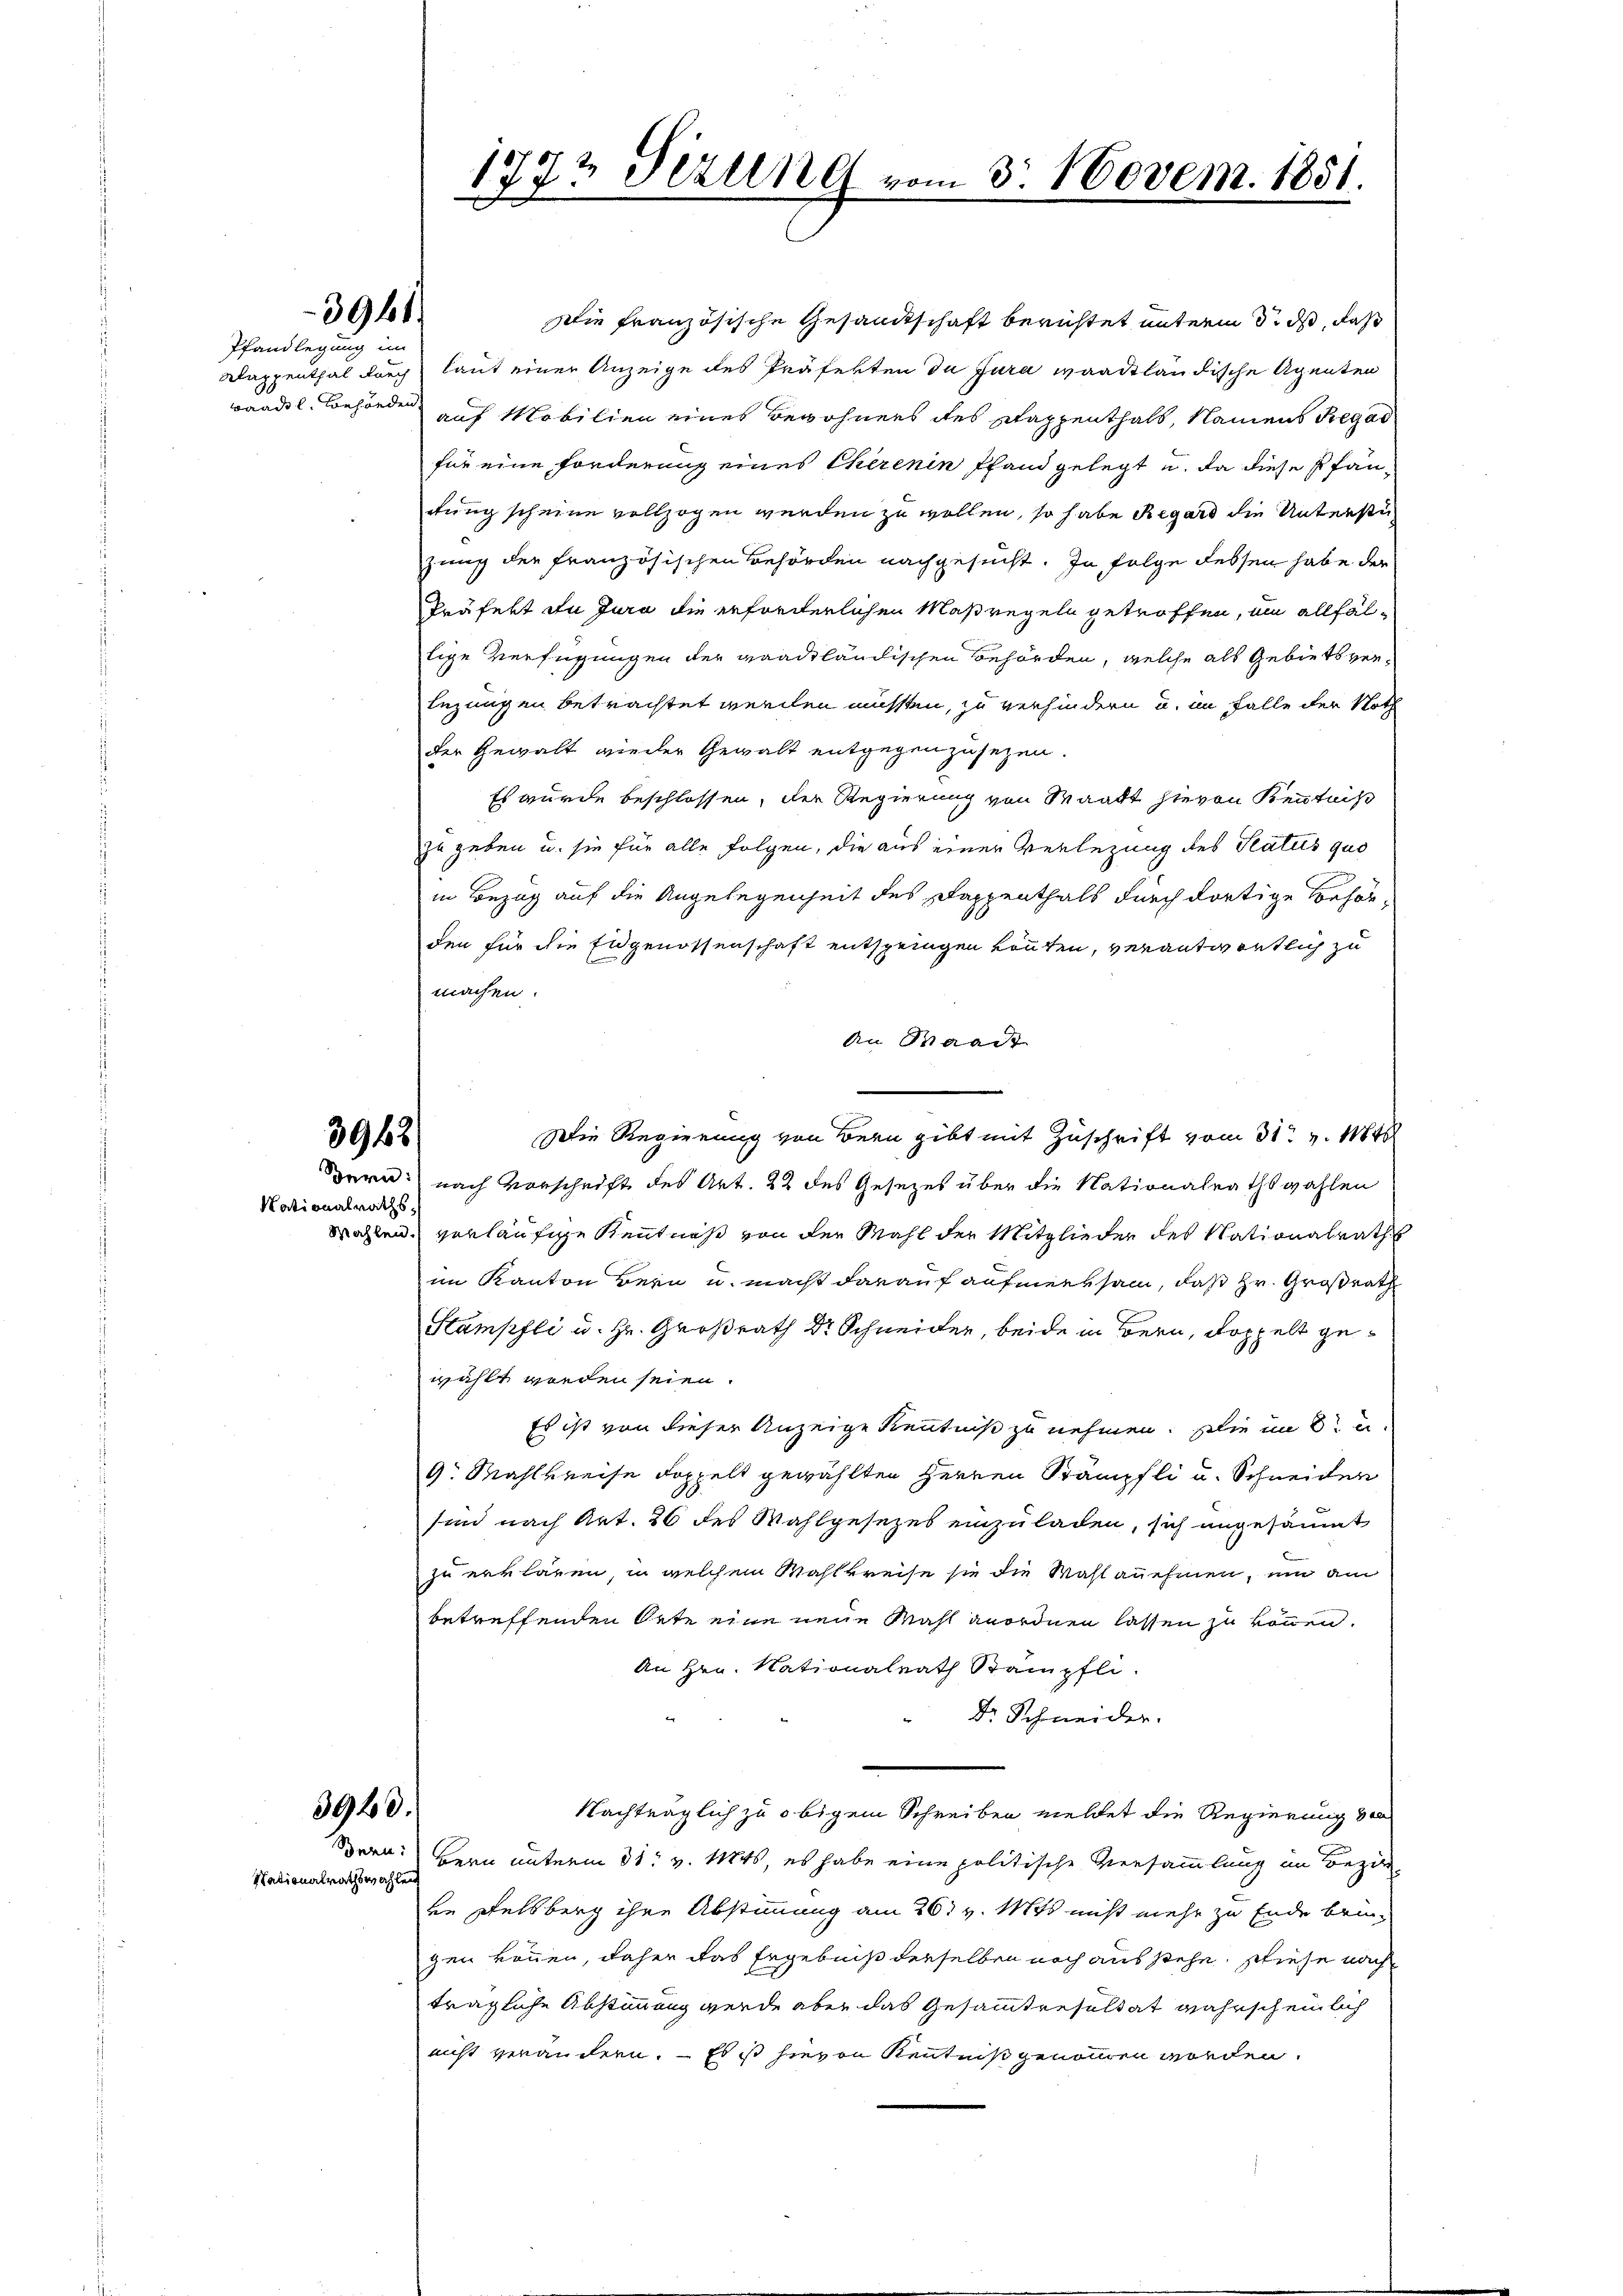
3943
Nationalraths,

3944

Pfandlegung im

3940.

Nationalrathswahlen

Die französische Gesandtschaft berichtet unterm 3. ds, daß
Wappenthal durch laut einer Anzeige des Präfekten de Jura waadtländische Agenten
adel, Behörde auf Mobilien eines Bewohners des Kappenthalb, Namens Regal
für eine Forderung eines Therenin Pfand gelegt u. da diese Pfänrtung scheine vollzogen werden zu wollen, so habe Regard die Unterste
zung der französischen Behörden nachgesucht. In Folge dessen habe der
Präfekt du Jura die erforderlichen Maßregeln getroffen, um allfällige Verfügungen der waadtländischen Behörden, welche als Gebiets ver¬
Lezungen betrachtet werden müssten, zu verhindern u. im Falle der Noth
der Gewalt wieder Gewalt entgegenzusezen.
Es wurde beschlossen, der Regierung von Maatt hievon Kenntniß
zu geben u. sie für alle Folgen, die aus einer Verlegung des Status quo
in Bezug auf die Angelegenheit des Kappenthals durch dortige Behörden für die Eidgenossenschaft entspringen könnten, verantwortlich zu
machen.
An Waadt
Die Regierung von Bern gibt mit Zuschrift vom 31. v. Mt
Bern nach Vorschrift des Art. 22 des Gesezes über die Nationalrathswahlen
Mahlen, verläufige Kenntniß von der Mahl der Mitglieder des Nationalraths
im Kanton Bern u. macht darauf aufmerksam, daß Hr. Großrath
Stampfli u. Hr. Großrath Dr Schneider, beide in Bern, doppelt gewählt worden seien.
Es ist von dieser Anzeige Kenntniß zu nehmen. Die im Ste
9. Mahlkreise doppelt gewählten Herren Stämpfli u. Schneiden
sind nach Art. 26 des Wahlgesezes einzuladen, sich angesäumt
zu erklären, in welchem Wahlkreise sie die Wahlannehmen, um am
betreffenden Orte eine neue Wahl anordnen lassen zu können.
An Hrn. Nationalrath Kämpfli
Dr. Schneider.
Nachträglich zu obigem Schreiben meldet die Regierung von
Bern:
Bern unterm 31. v. Mts., es habe eine politische Versammlung im Bezirk
die Felsberg ihre Abstimmung am 26. v. Mts nicht mehr zu Ende bringen können, daher das Ergebniß derselben noch aus stehe, stiese nach
trägliche Abstimmung werde aber das Gesammtresultat wahrscheinlich
nicht verändern. – Es ist hievon Kentniß genommen worden.

1773 Sizung
.

mn d. 160vem. 1851